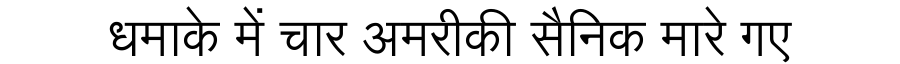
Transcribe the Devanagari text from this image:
धमाके में चार अमरीकी सैनिक मारे गए